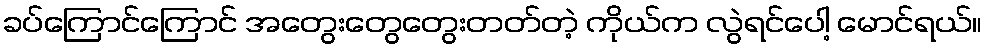
ခပ်ကြောင်ကြောင် အတွေးတွေတွေးတတ်တဲ့ ကိုယ်က လွဲရင်ပေါ့ မောင်ရယ်။